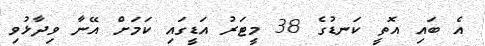
އެ ބައި އޮތީ ކަނޑުގެ 38 މީޓަރު އަޑީގައި ކަމަށް އޭނާ ވިދާޅުވި